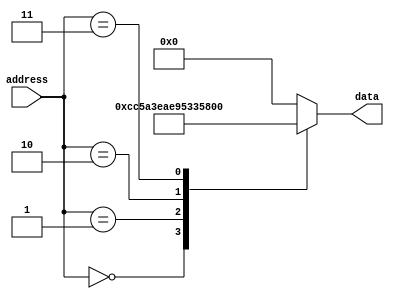
module mask_rom (
    input wire [addr_width-1:0] address,
    output reg [data_width-1:0] data
);

parameter addr_width = 8; // Address width of the ROM
parameter data_width = 16; // Data width of the ROM

// Define the memory blocks with pre-programmed data
// In this example, the ROM contains 4 memory blocks, each storing 16 bits of data
reg [data_width-1:0] memory_block_0 = 16'b1100110001011010; // Example pre-programmed data
reg [data_width-1:0] memory_block_1 = 16'b0011111010101110; // Example pre-programmed data
reg [data_width-1:0] memory_block_2 = 16'b1001010100110011; // Example pre-programmed data
reg [data_width-1:0] memory_block_3 = 16'b0101101110001101; // Example pre-programmed data

always @(*) begin
    case(address)
        3'b000: data = memory_block_0; // Output data from memory block 0
        3'b001: data = memory_block_1; // Output data from memory block 1
        3'b010: data = memory_block_2; // Output data from memory block 2
        3'b011: data = memory_block_3; // Output data from memory block 3
        default: data = 16'b0; // Default output if address is invalid
    endcase
end

endmodule